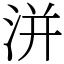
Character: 洴